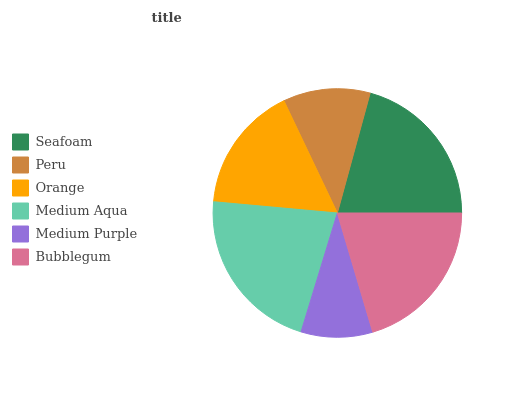
| Seafoam | Peru | Orange | Medium Aqua | Medium Purple | Bubblegum |
 | --- | --- | --- | --- | --- | --- |
 | 20.7% | 11.3% | 16.5% | 21.8% | 9.31% | 20.4% |